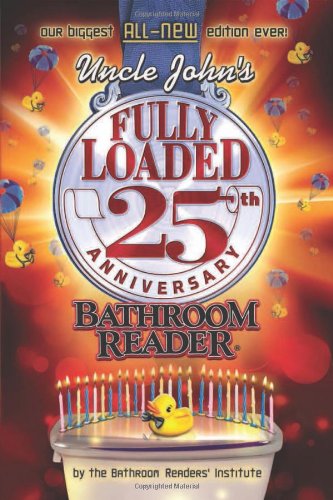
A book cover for Uncle John's Fully Loaded 25th Anniversary Bathroom Reader (Uncle John's Bathroom Reader); Bathroom Readers' Institute; Humor & Entertainment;